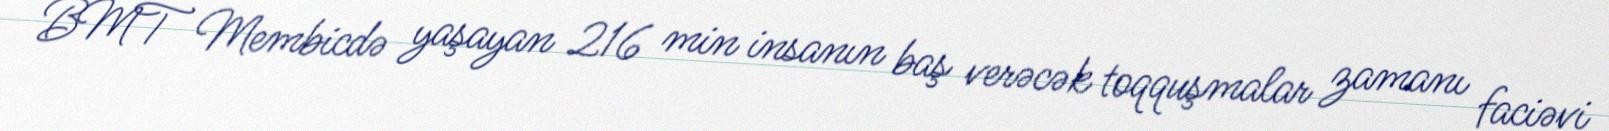
BMT Membicdə yaşayan 216 min insanın baş verəcək toqquşmalar zamanı faciəvi